Indian Medical Review
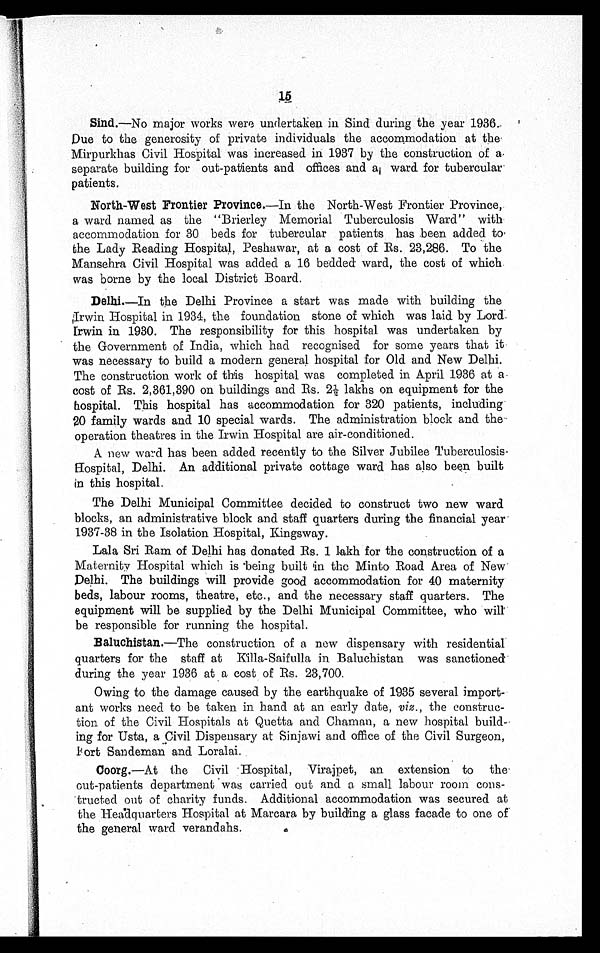
15
Sind.—No major works were undertaken in Sind during the year 1936.
Due to the generosity of private individuals the accommodation at the-
Mirpurkhas Civil Hospital was increased in 1937 by the construction of a.
separate building for out-patients and offices and a ward for tubercular
patients.
North-West Frontier Province.—In the North-West Frontier Province,
a ward named as the "Brierley Memorial Tuberculosis Ward" with
accommodation for 30 beds for tubercular patients has been added to
the Lady Reading Hospital, Peshawar, at a cost of Rs. 23,286. To the
Mansehra Civil Hospital was added a 16 bedded ward, the cost of which
was borne by the local District Board.
Delhi.—In the Delhi Province a start was made with building the
Irwin Hospital in 1934, the foundation stone of which was laid by Lord
Irwin in 1930. The responsibility for this hospital was undertaken by
the Government of India, which had recognised for some years that it
was necessary to build a modern general hospital for Old and New Delhi.
The construction work of this hospital was completed in April 1936 at a
cost of Rs. 2,361,390 on buildings and Rs. 2½ lakhs on equipment for the
hospital. This hospital has accommodation for 320 patients, including
20 family wards and 10 special wards. The administration block and the
operation theatres in the Irwin Hospital are air-conditioned.
A new ward has been added recently to the Silver Jubilee Tuberculosis
Hospital, Delhi. An additional private cottage ward has also been built
in this hospital.
The Delhi Municipal Committee decided to construct two new ward
blocks, an administrative block and staff quarters during the financial year
1937-38 in the Isolation Hospital, Kingsway.
Lala Sri Ram of Delhi has donated Rs. 1 lakh for the construction of a
Maternity Hospital which is being built in the Minto Road Area of New
Delhi. The buildings will provide good accommodation for 40 maternity
beds, labour rooms, theatre, etc., and the necessary staff quarters. The
equipment will be supplied by the Delhi Municipal Committee, who will
be responsible for running the hospital.
Baluchistan. —The construction of a new dispensary with residential
quarters for the staff at Killa-Saifulla in Baluchistan was sanctioned
during the year 1936 at a cost of Rs. 23,700.
Owing to the damage caused by the earthquake of 1935 several import
-
ant works need to be taken in hand at an early date, viz., the construc
-
tion of the Civil Hospitals at Quetta and Chaman, a new hospital build-
ing for Usta, a Civil Dispensary at Sinjawi and office of the Civil Surgeon,
Bort Sandeman and Loralai.
Coorg.—At the Civil Hospital, Virajpet, an extension to the
out-patients department was carried out and a small labour room cons
-
tructed out of charity funds. Additional accommodation was secured at
the Headquarters Hospital at Marcara by building a glass facade to one of
the general ward verandahs.